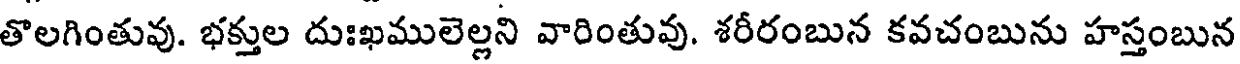
తొలగింతువు. భక్తుల దుఃఖములెల్లని వారింతువు. శరీరంబున కవచంబును హస్తంబున